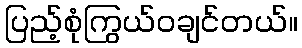
ပြည့်စုံကြွယ်ဝချင်တယ်။